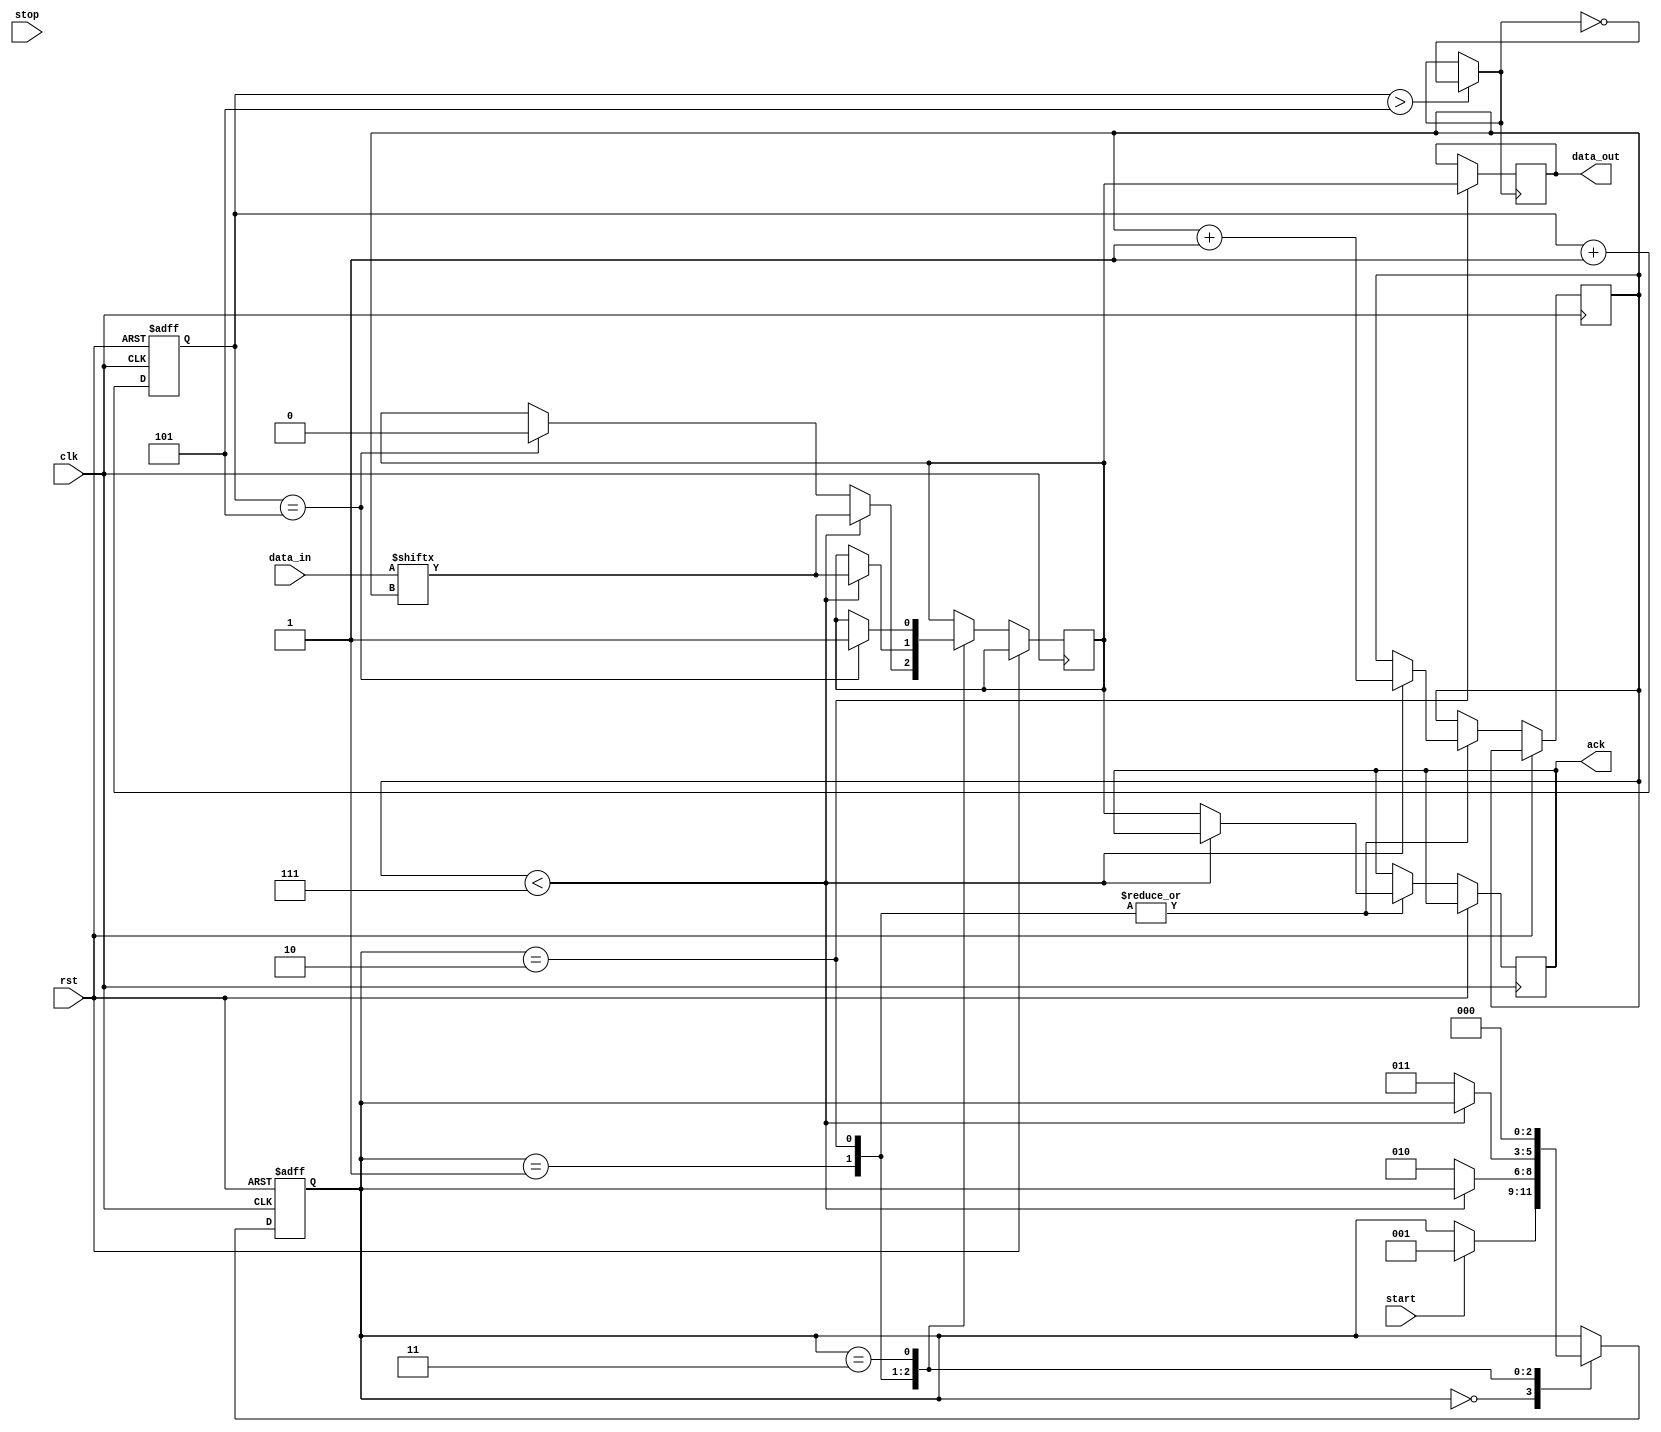
module i2c_controller(
    input wire clk, // System clock signal
    input wire rst, // Reset signal
    input wire start, // Start signal for I2C communication
    input wire stop, // Stop signal for I2C communication
    input wire data_in, // Data input signal
    output reg data_out, // Data output signal
    output reg ack // Acknowledge signal from slave device
);

// Constants for defining clock frequencies
parameter SCL_FREQUENCY = 100000; // Standard I2C clock frequency (100kHz)
parameter HALF_BIT_DELAY = 5; // Half bit delay for generating SCL signal

// Internal signals for managing timing and synchronization
reg [7:0] bit_counter; // Counter for tracking bits of data transmission
reg [2:0] state; // State machine for controlling I2C communication
reg sda; // Serial data line signal
reg scl; // Serial clock line signal

// Clock divider for generating SCL signal based on system clock
reg [15:0] clk_div;
always @(posedge clk or posedge rst)
begin
    if (rst)
        clk_div <= 0;
    else
        clk_div <= clk_div + 1;
end

// State machine for managing I2C communication protocol
always @(posedge clk or posedge rst)
begin
    if (rst)
        state <= 3'b000; // Reset state
    else
        case (state)
            3'b000: // Idle state
                begin
                    if (start) // Transition to start condition
                        state <= 3'b001;
                end
            3'b001: // Address state
                begin
                    if (clk_div == HALF_BIT_DELAY)
                        sda <= 0; // Drive SDA low to indicate start condition
                    if (bit_counter < 7)
                        begin
                            // Transmit address bits
                            sda <= data_in[bit_counter];
                            bit_counter <= bit_counter + 1;
                        end
                    else
                        begin
                            // Receive acknowledge from slave device
                            ack <= sda;
                            state <= 3'b010;
                        end
                end
            3'b010: // Data state
                begin
                    if (bit_counter < 7)
                        begin
                            // Transmit data bits
                            sda <= data_in[bit_counter];
                            bit_counter <= bit_counter + 1;
                        end
                    else
                        begin
                            // Receive acknowledge from slave device
                            ack <= sda;
                            state <= 3'b011;
                        end
                end
            3'b011: // Stop state
                begin
                    if (clk_div == HALF_BIT_DELAY)
                        sda <= 1; // Drive SDA high to indicate stop condition
                    state <= 3'b000; // Return to idle state
                end
        endcase
end

// Generate SCL signal based on clock divider
assign scl = (clk_div > HALF_BIT_DELAY) ? ~scl : scl;

// Output data on rising edge of SCL signal
always @(posedge scl)
begin
    if (state == 3'b010)
        data_out <= sda; // Output data when in data state
end

endmodule